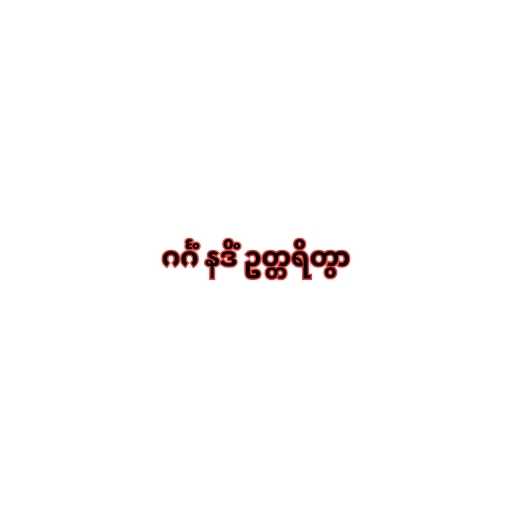
ဂင်္ဂံ နဒိံ ဥတ္တရိတွာ